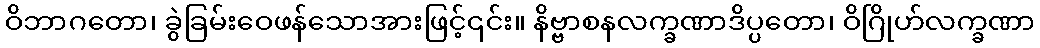
ဝိဘာဂတော၊ ခွဲခြမ်းဝေဖန်သောအားဖြင့်၎င်း။ နိဗ္ဗာစနလက္ခဏာဒိပ္ပတော၊ ဝိဂြိုဟ်လက္ခဏာ